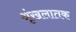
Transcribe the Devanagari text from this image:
श्रृंखलातक